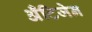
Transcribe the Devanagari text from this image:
अँटिजेन